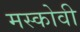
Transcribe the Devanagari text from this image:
मस्कोवी